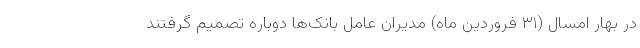
در بهار امسال (۳۱ فروردین ماه) مدیران عامل بانک‌ها دوباره تصمیم گرفتند